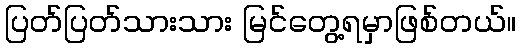
ပြတ်ပြတ်သားသား မြင်တွေ့ရမှာဖြစ်တယ်။